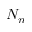
N _ { n }